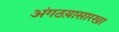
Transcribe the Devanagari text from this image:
अंगठय़ासारखा